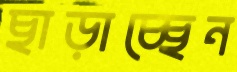
ছাড়াচ্ছেন